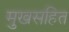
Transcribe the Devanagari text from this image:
मुखसहित